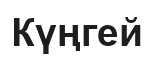
Күңгей